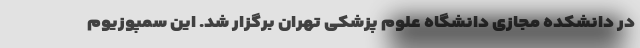
در دانشکده مجازی دانشگاه علوم پزشکی تهران برگزار شد. این سمپوزیوم